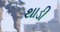
થાડી